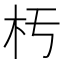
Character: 𣏓